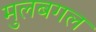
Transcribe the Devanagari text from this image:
मुलबगल